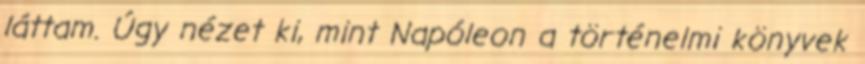
láttam. Úgy nézet ki, mint Napóleon a történelmi könyvek